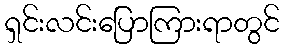
ရှင်းလင်းပြောကြားရာတွင်